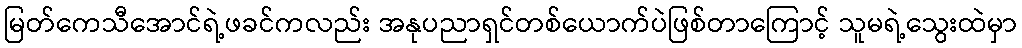
မြတ်ကေသီအောင်ရဲ့ဖခင်ကလည်း အနုပညာရှင်တစ်ယောက်ပဲဖြစ်တာကြောင့် သူမရဲ့သွေးထဲမှာ